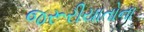
જરૂરીયાતોના